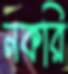
নকরি